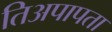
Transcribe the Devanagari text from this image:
तिअपापता